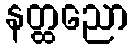
နတ္ထညော